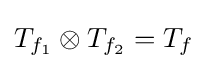
T_{f_{1}}\otimes T_{f_{2}}=T_{f}